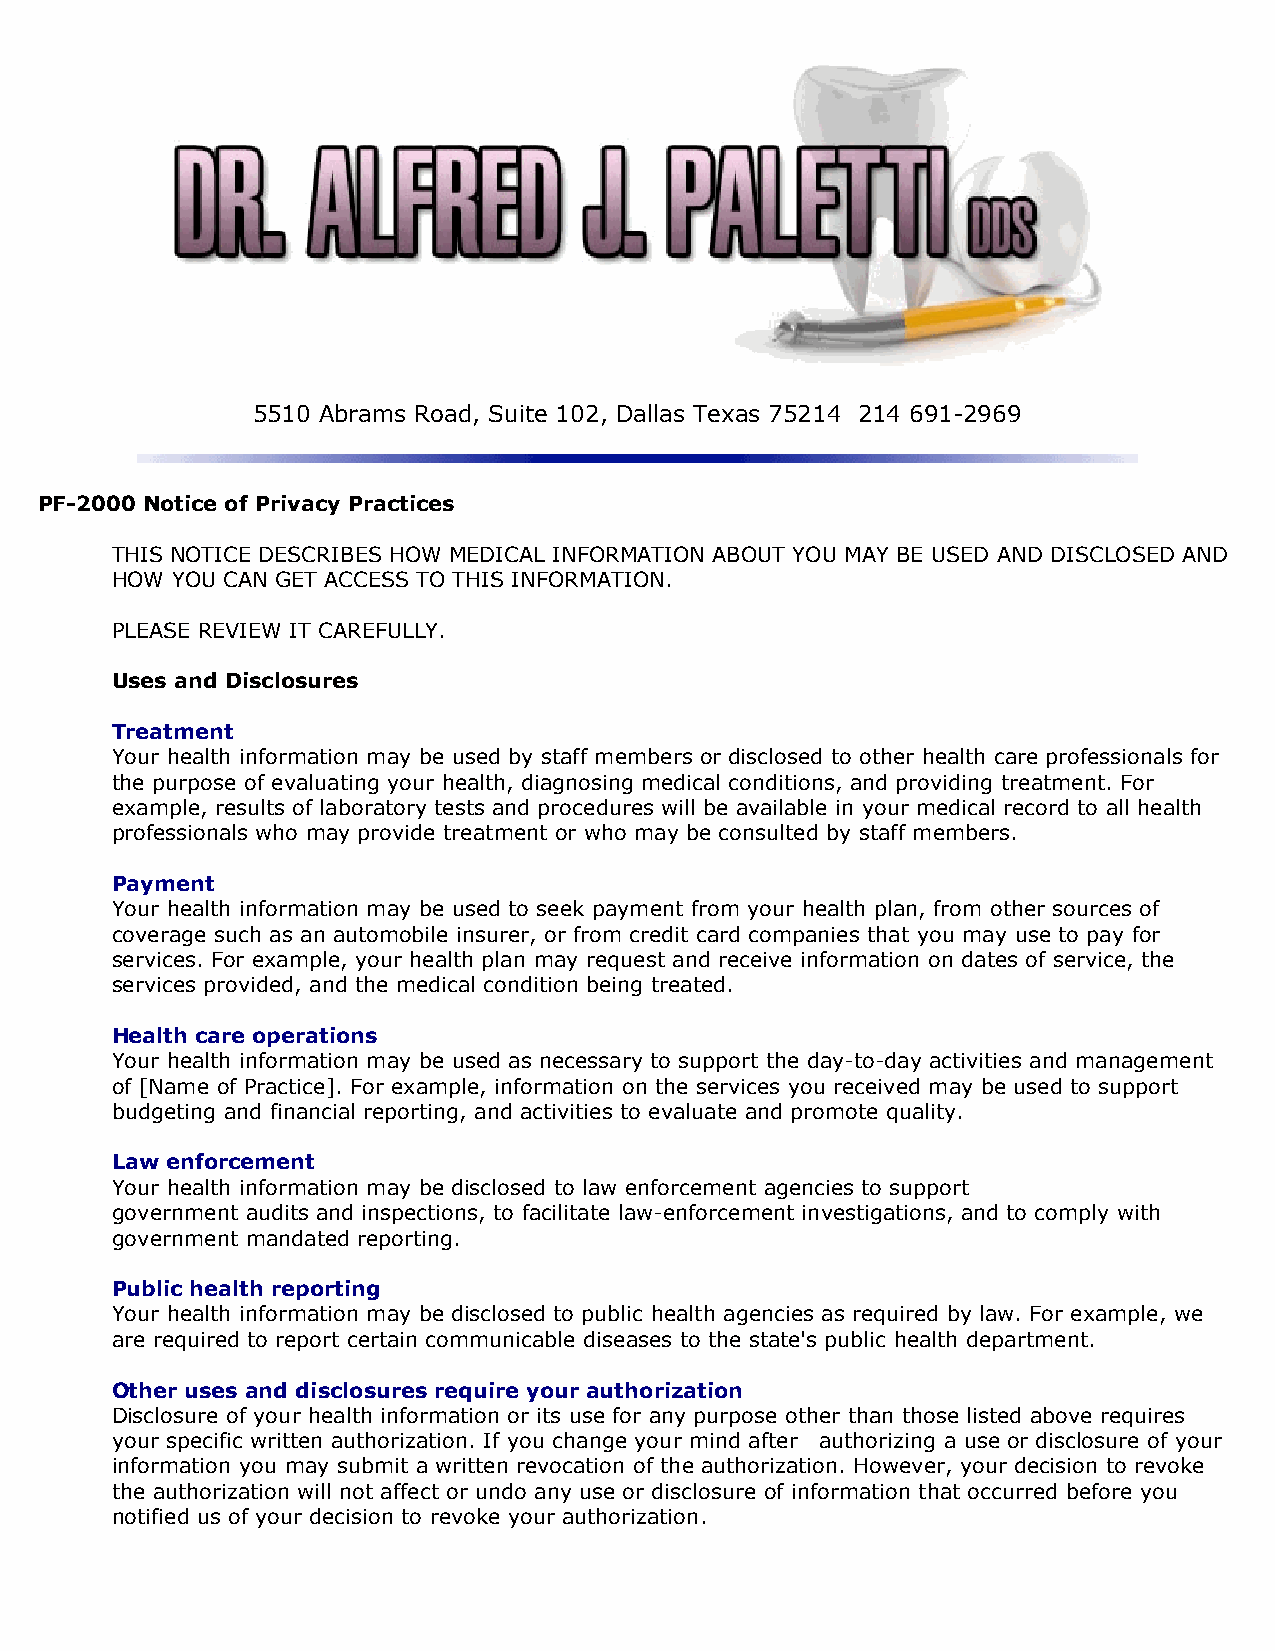
5510 Abrams Road, Suite 102, Dallas Texas 75214 214 691-2969
 PF-2000 Notice of Privacy Practices
 THIS NOTICE DESCRIBES HOW MEDICAL INFORMATION ABOUT YOU MAY BE USED AND DISCLOSED AND
 HOW YOU CAN GET ACCESS TO THIS INFORMATION.
 PLEASE REVIEW IT CAREFULLY.
 Uses and Disclosures
 Treatment
 Your health information may be used by staff members or disclosed to other health care professionals for
 the purpose of evaluating your health, diagnosing medical conditions, and providing treatment. For
 example, results of laboratory tests and procedures will be available in your medical record to all health
 professionals who may provide treatment or who may be consulted by staff members.
 Payment
 Your health information may be used to seek payment from your health plan, from other sources of
 coverage such as an automobile insurer, or from credit card companies that you may use to pay for
 services. For example, your health plan may request and receive information on dates of service, the
 services provided, and the medical condition being treated.
 Health care operations
 Your health information may be used as necessary to support the day-to-day activities and management
 of [Name of Practice]. For example, information on the services you received may be used to support
 budgeting and financial reporting, and activities to evaluate and promote quality.
 Law enforcement
 Your health information may be disclosed to law enforcement agencies to support
 government audits and inspections, to facilitate law-enforcement investigations, and to comply with
 government mandated reporting.
 Public health reporting
 Your health information may be disclosed to public health agencies as required by law. For example, we
 are required to report certain communicable diseases to the state's public health department.
 Other uses and disclosures require your authorization
 Disclosure of your health information or its use for any purpose other than those listed above requires
 your specific written authorization. If you change your mind after authorizing a use or disclosure of your
 information you may submit a written revocation of the authorization. However, your decision to revoke
 the authorization will not affect or undo any use or disclosure of information that occurred before you
 notified us of your decision to revoke your authorization.